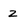
Character: z